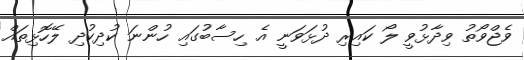
ވެޖްވޯތު ވިދާޅުވީ ލޯ ކައިރި ދުޅަވަނީ އެ ހިސާބުގައި ހުންނަ ކުދިކުދި ލޭހޮޅިތައް